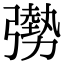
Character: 𫸾